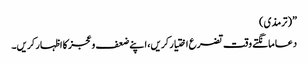
”(ترمذی)
دعا مانگتے وقت تضرع اختیار کریں، اپنے ضعف و عجز کا اظہار کریں۔